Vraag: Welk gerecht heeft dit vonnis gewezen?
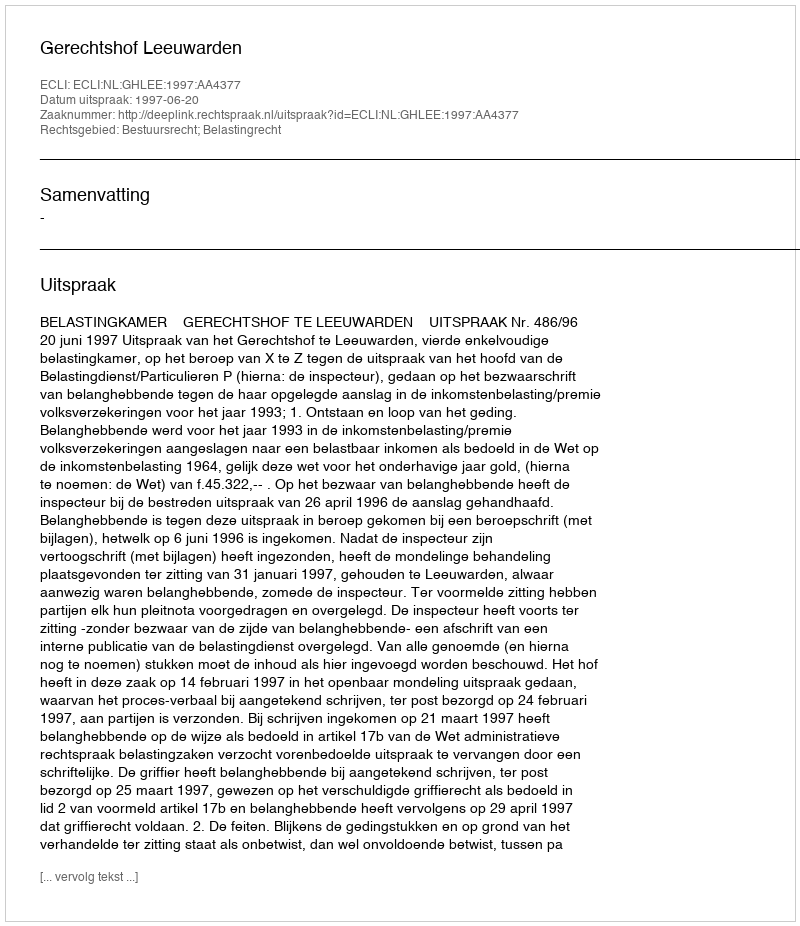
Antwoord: Gerechtshof Leeuwarden